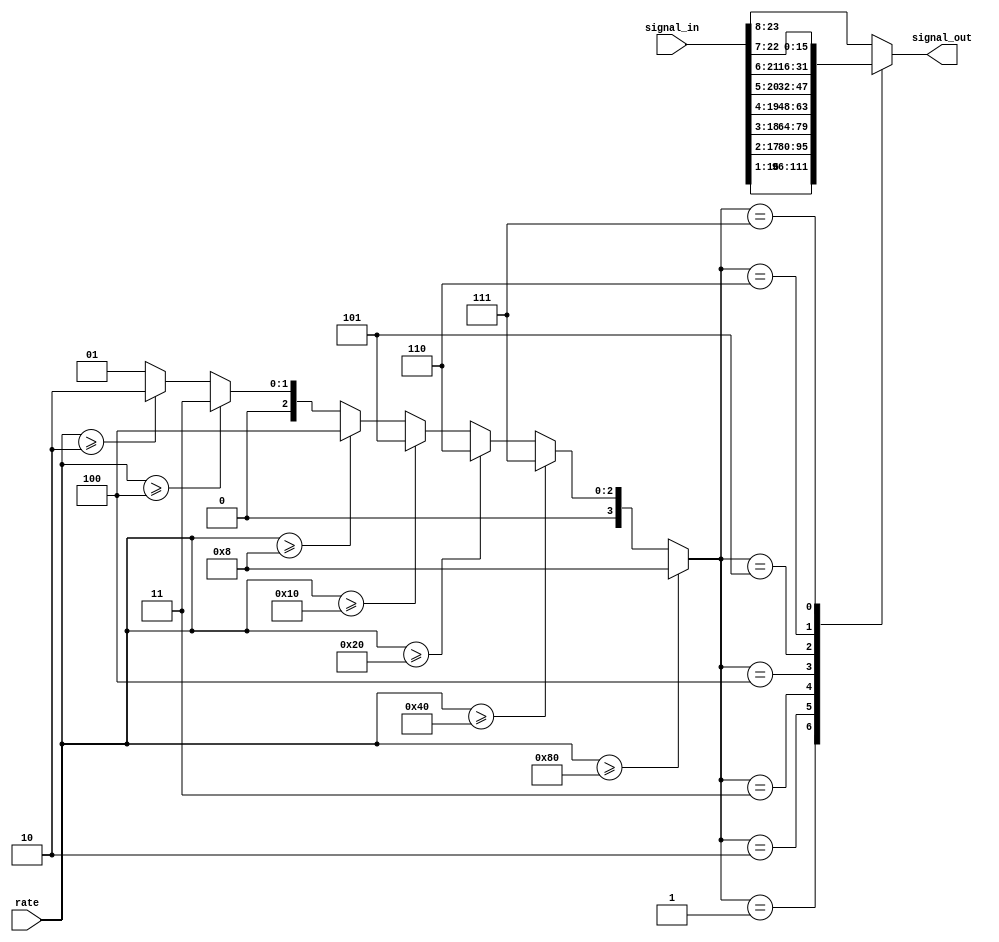
module integ_shifter(rate,signal_in,signal_out);
    parameter bw = 16;
    parameter maxbitgain = 8;
   
    input [7:0] rate;
    input       wire [bw+maxbitgain-1:0] signal_in;
    output      reg [bw-1:0] signal_out;

    reg [3:0] bitgain;

    // Nearest without overflow -- ceil(log2(rate+1))
    always @*
      if (rate >= 8'd128)
        bitgain = 8;
      else if (rate >= 8'd64)
        bitgain = 7;
      else if (rate >= 8'd32)
        bitgain = 6;
      else if (rate >= 8'd16)
        bitgain = 5;
      else if (rate >= 8'd8)
        bitgain = 4;
      else if (rate >= 8'd4)
        bitgain = 3;
      else if (rate >= 8'd2)
        bitgain = 2;
      else
        bitgain = 1;

   always @*
     case(bitgain)
       5'd1 : signal_out = signal_in[1+bw-1:1];
       5'd2 : signal_out = signal_in[2+bw-1:2];
       5'd3 : signal_out = signal_in[3+bw-1:3];
       5'd4 : signal_out = signal_in[4+bw-1:4];
       5'd5 : signal_out = signal_in[5+bw-1:5];
       5'd6 : signal_out = signal_in[6+bw-1:6];
       5'd7 : signal_out = signal_in[7+bw-1:7];
       default : signal_out = signal_in[8+bw-1:8];
     endcase // case(shift)

endmodule